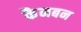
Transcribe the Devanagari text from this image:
कैनबन